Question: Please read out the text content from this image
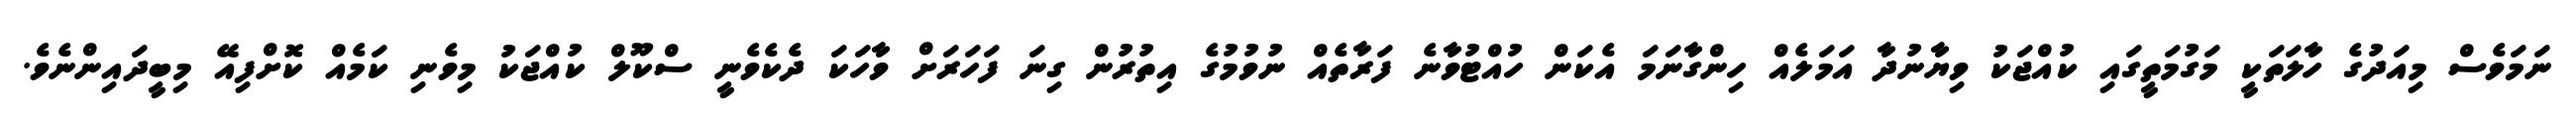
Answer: ނަމަވެސް މިއަދުގެ ހާލަތަކީ މަގުމަތީގައި ކުއްޖަކު ވިޔާނުދާ އަމަލެއް ހިންގާނަމަ އެކަން ހުއްޓުވާނެ ފަރާތެއް ނުވުމުގެ އިތުރުން ގިނަ ފަހަރަށް ވާހަކަ ދެކެވެނީ ސްކޫލް ކުއްޖަކު މިވެނި ކަމެއް ކޮށްފިއޭ މިބީދައިންނެވެ.